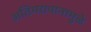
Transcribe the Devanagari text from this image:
अतिमद्यपानामुळे